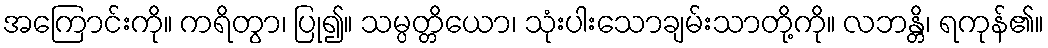
အကြောင်းကို။ ကရိတွာ၊ ပြု၍။ သမ္ပတ္တိယော၊ သုံးပါးသောချမ်းသာတို့ကို။ လဘန္တိ၊ ရကုန်၏။